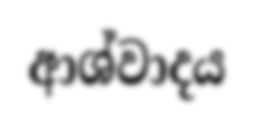
ආශ්වාදය